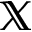
\mathbb { X }